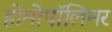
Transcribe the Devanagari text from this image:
होमोपॉलिमर